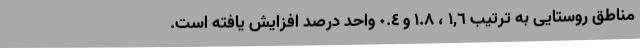
مناطق روستایی به ترتیب ١,٦ ، ١.٨ و ٠.٤ واحد درصد افزایش یافته است.